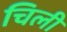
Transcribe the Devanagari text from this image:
चिली